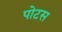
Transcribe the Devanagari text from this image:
पोटस